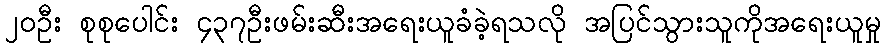
၂၀ဦး စုစုပေါင်း ၄၃၇ဦးဖမ်းဆီးအရေးယူခံခဲ့ရသလို အပြင်သွားသူကိုအရေးယူမှု